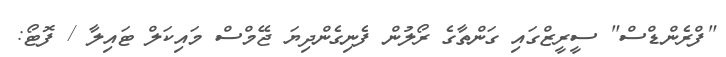
"ފްރެންޑްސް" ސީރީޒްގައި ގަންތާގެ ރޯލުން ފެނިގެންދިޔަ ޖޭމްސް މައިކަލް ޓައިލާ / ފޮޓޯ: